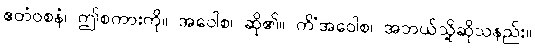
ဧတံဝစနံ၊ ဤစကားကို။ အဝေါစ၊ ဆို၏။ ကိံအဝေါစ၊ အဘယ်သို့ဆိုသနည်း။